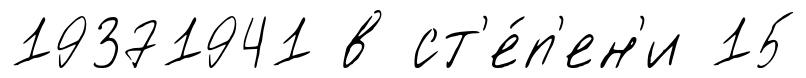
19371941 в ст'е́п'ен'и 15